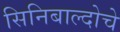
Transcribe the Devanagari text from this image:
सिनिबाल्दोचे